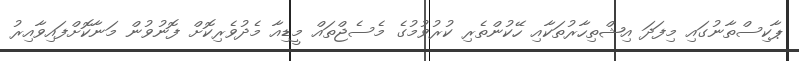
ޕާކިސްތާނުގައި މިފަދަ އިޝްތިހާރުތަކާއި ހޭކުންތެރި ކުރުވުމުގެ މެސެޖްތައް މީޑިއާ މެދުވެރިކޮށް ފޮނުވުން މަނާކޮށްފައިވާއިރު